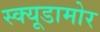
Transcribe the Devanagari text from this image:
स्क्यूडामोर